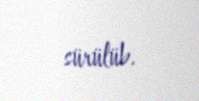
sürülüb.